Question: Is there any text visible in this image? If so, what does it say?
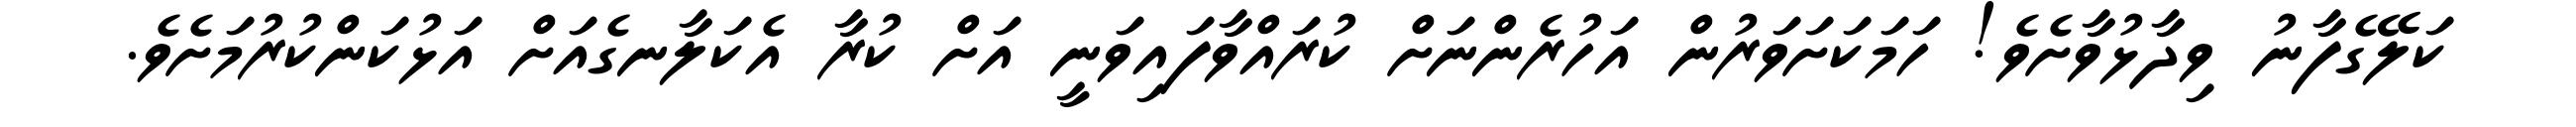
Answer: ކަލޭގެފާނު ވިދާޅުވާށެވެ! ހަމަކަށަވަރުން އަހުރެންނަށް ކުރައްވާފައިވަނީ އަށް ކުރާ އެކަލާނގެއަށް އަޅުކަންކުރުމަށެވެ.